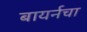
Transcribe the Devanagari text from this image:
बायर्नचा